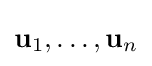
\mathbf {u} _{1},\dots ,\mathbf {u} _{n}